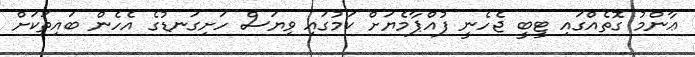
ޢާންމު ގޮތެއްގައި ޓީބީ ޖެހެނީ ފުއްޕާމެޔަށް ކަމުގައި ވިޔަސް ހަށިގަނޑުގެ އެހެން ބައިތަކަށް